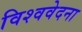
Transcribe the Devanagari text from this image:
विश्ववेदना